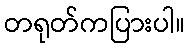
တရုတ်ကပြားပါ။